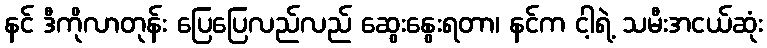
နင် ဒီကိုလာတုန်း ပြေပြေလည်လည် ဆွေးနွေးရတာ၊ နင်က ငါ့ရဲ့ သမီးအငယ်ဆုံး